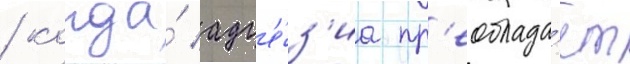
/ когда́ адг'е́з'иа пр'еоблада́ет